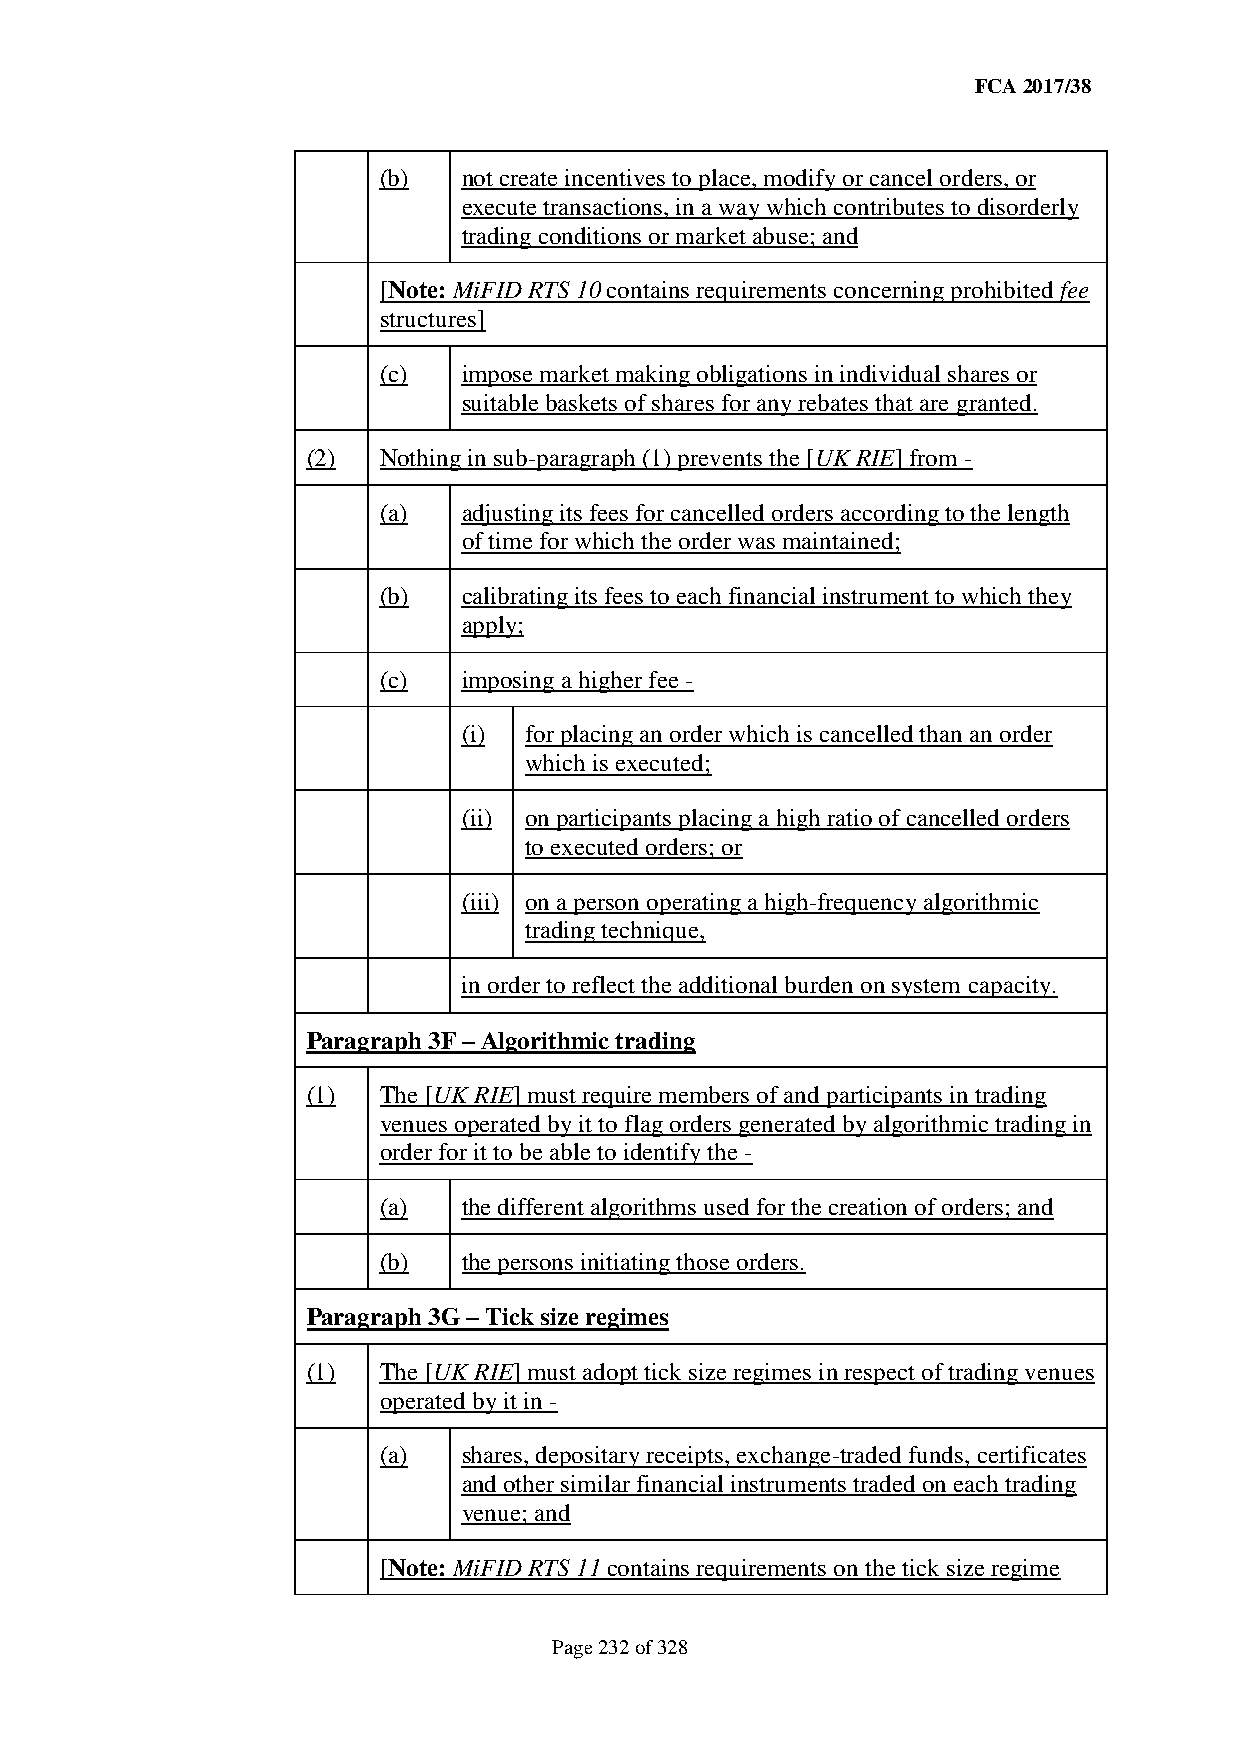
FCA 2017/38
 (b)   not create incentives to place, modify or cancel orders, or
 execute transactions, in a way which contributes to disorderly
 trading conditions or market abuse; and
 [Note: MiFID RTS 10 contains requirements concerning prohibited fee
 structures]
 (c)   impose market making obligations in individual shares or
 suitable baskets of shares for any rebates that are granted.
 (2)  Nothing in sub-paragraph (1) prevents the [UK RIE] from -
 (a)   adjusting its fees for cancelled orders according to the length
 of time for which the order was maintained;
 (b)   calibrating its fees to each financial instrument to which they
 apply;
 (c)   imposing a higher fee -
 (i) for placing an order which is cancelled than an order
 which is executed;
 (ii) on participants placing a high ratio of cancelled orders
 to executed orders; or
 (iii) on a person operating a high-frequency algorithmic
 trading technique,
 in order to reflect the additional burden on system capacity.
 Paragraph 3F – Algorithmic trading
 (1)  The [UK RIE] must require members of and participants in trading
 venues operated by it to flag orders generated by algorithmic trading in
 order for it to be able to identify the -
 (a)   the different algorithms used for the creation of orders; and
 (b)   the persons initiating those orders.
 Paragraph 3G – Tick size regimes
 (1)  The [UK RIE] must adopt tick size regimes in respect of trading venues
 operated by it in -
 (a)   shares, depositary receipts, exchange-traded funds, certificates
 and other similar financial instruments traded on each trading
 venue; and
 [Note: MiFID RTS 11 contains requirements on the tick size regime
 Page 232 of 328